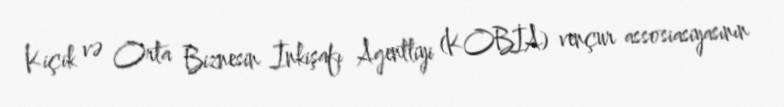
Kiçik və Orta Biznesin İnkişafı Agentliyi (KOBİA) vençur assosiasiyasının